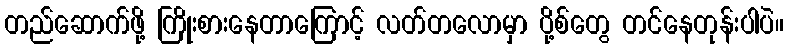
တည်ဆောက်ဖို့ ကြိုးစားနေတာကြောင့် လတ်တလောမှာ ပို့စ်တွေ တင်နေတုန်းပါပဲ။